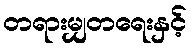
တရားမျှတရေးနှင့်